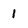
Character: 1